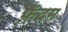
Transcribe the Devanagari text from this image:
फ़ैंदम